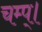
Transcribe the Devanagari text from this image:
चम्प्।